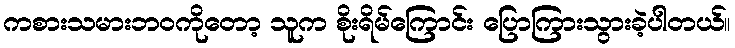
ကစားသမားဘဝကိုတော့ သူက စိုးရိမ်ကြောင်း ပြောကြားသွားခဲ့ပါတယ်။